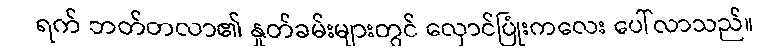
ရက် ဘတ်တလာ၏ နှုတ်ခမ်းများတွင် လှောင်ပြုံးကလေး ပေါ်လာသည်။